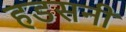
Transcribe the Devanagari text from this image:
हडसनी